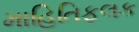
માહિતિફલક